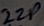
Text: 22P